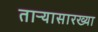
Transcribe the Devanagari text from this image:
ताऱ्यासारख्या